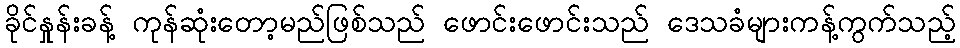
ခိုင်နှုန်းခန့် ကုန်ဆုံးတော့မည်ဖြစ်သည် ဖောင်းဖောင်းသည် ဒေသခံများကန့်ကွက်သည့်